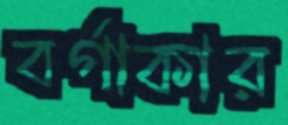
বর্গাকার